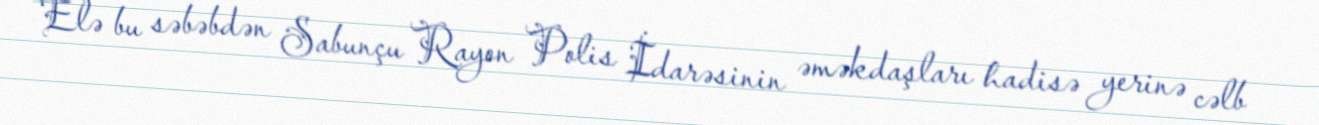
Elə bu səbəbdən Sabunçu Rayon Polis İdarəsinin əməkdaşları hadisə yerinə cəlb